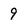
Character: 9